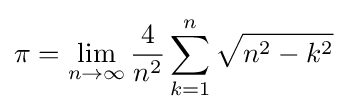
\pi =\lim _{n\rightarrow \infty }{\frac {4}{n^{2}}}\sum _{k=1}^{n}{\sqrt {n^{2}-k^{2}}}